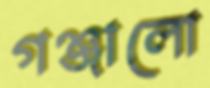
গঞ্জালো